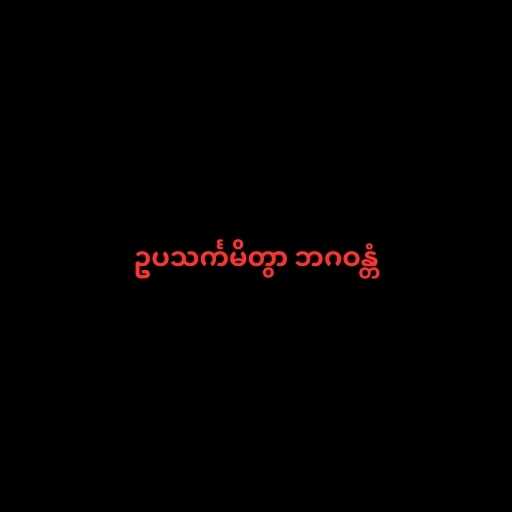
ဥပသင်္ကမိတွာ ဘဂဝန္တံ